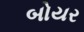
બોયર